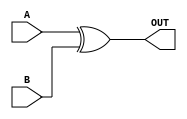
module xor_16bit(A,B,OUT);
input [15:0]A,B;
output [15:0]OUT;

assign OUT = A^B;

endmodule